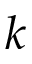
k